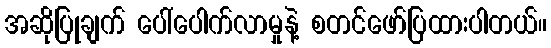
အဆိုပြုချက် ပေါ်ပေါက်လာမှုနဲ့ စတင်ဖော်ပြထားပါတယ်။